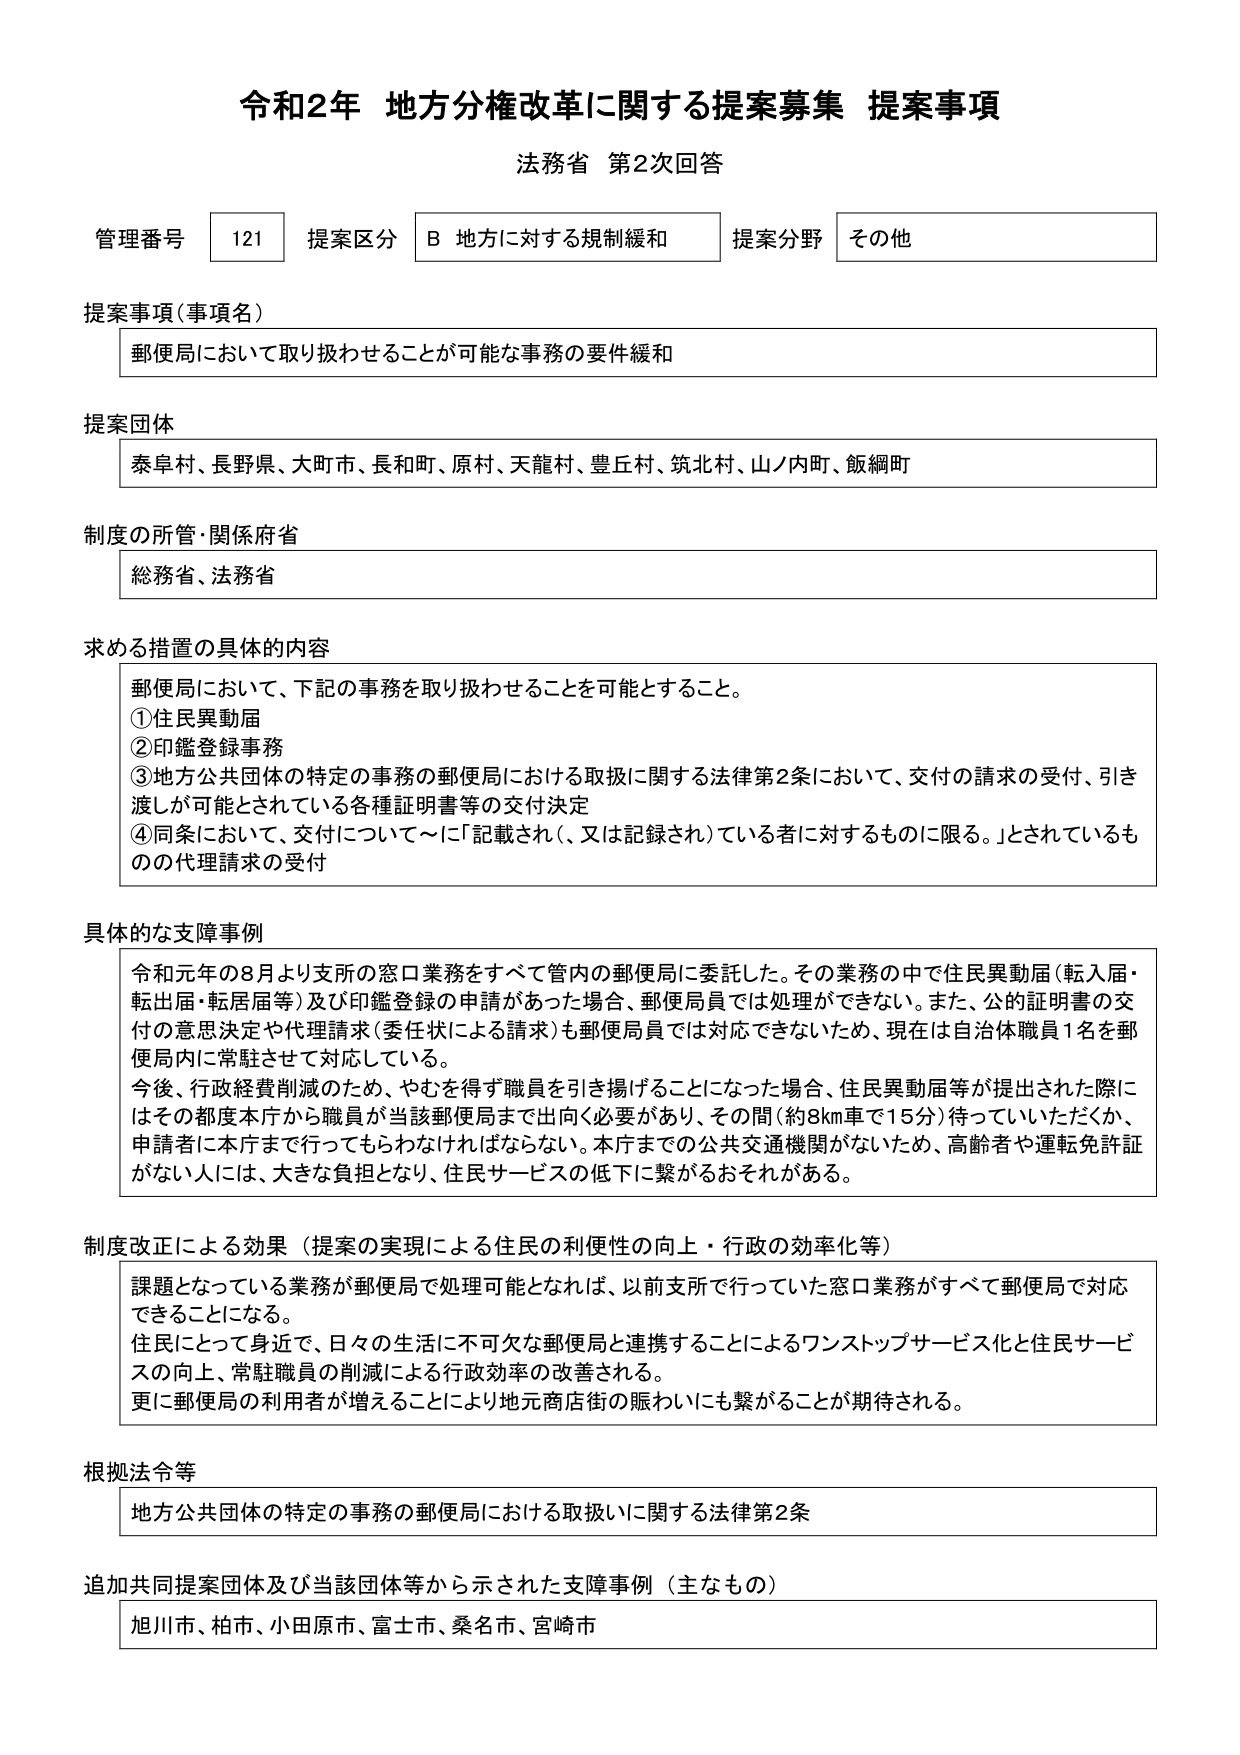
令和2年 地方分権改革に関する提案募集 提案事項
法務省 第2次回答

管理番号 121 提案区分 B 地方に対する規制緩和 提案分野 その他

提案事項（事項名）
郵便局において取り扱わせることが可能な事務の要件緩和

提案団体
泰阜村、長野県、大町市、長和町、原村、天龍村、豊丘村、筑北村、山ノ内町、飯綱町

制度の所管・関係府省
総務省、法務省

求める措置の具体的内容
郵便局において、下記の事務を取り扱わせることを可能とすること。
①住民異動届
②印鑑登録事務
③地方公共団体の特定の事務の郵便局における取扱に関する法律第2条において、交付の請求の受付、引き渡しが可能とされている各種証明書等の交付決定
④同条において、交付について～に「記載され（、又は記録され）ている者に対するものに限る。」とされているものの代理請求の受付

具体的な支障事例
令和元年の8月より支所の窓口業務をすべて管内の郵便局に委託した。その業務の中で住民異動届（転入届・転出届・転居届等）及び印鑑登録の申請があった場合、郵便局員では処理ができない。また、公的証明書の交付の意思決定や代理請求（委任状による請求）も郵便局員では対応できないため、現在は自治体職員1名を郵便局内に常駐させて対応している。
今後、行政経費削減のため、やむを得ず職員を引き揚げることになった場合、住民異動届等が提出された際にはその都度本庁から職員が当該郵便局まで出向く必要があり、その間（約8km車で15分）待っていただくか、申請者に本庁まで行ってもらわなければならぬ。本庁までの公共交通機関がないため、高齢者や運転免許証がない人には、大きな負担となり、住民サービスの低下に繋がるおそれがある。

制度改正による効果（提案の実現による住民の利便性の向上・行政の効率化等）
課題となっている業務が郵便局で処理可能となれば、以前支所で行っていた窓口業務がすべて郵便局で対応できることになる。
住民にとって身近で、日々の生活に不可欠な郵便局と連携することによるワンストップサービス化と住民サービスの向上、常駐職員の削減による行政効率の改善される。
更に郵便局の利用者が増えることにより地元商店街の賑わいにも繋がることが期待される。

根拠法令等
地方公共団体の特定の事務の郵便局における取扱いに関する法律第2条

追加共同提案団体及び当該団体等から示された支障事例（主なもの）
旭川市、柏市、小田原市、富士市、桑名市、宮崎市